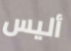
أليس